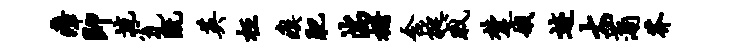
瘴即流瓮既英枉瘼肥湍栅含挺戚楚娥迹大蒲芥